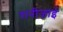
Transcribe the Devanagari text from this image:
रानीज़ाई